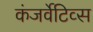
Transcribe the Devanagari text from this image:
कंजर्वेटिव्स